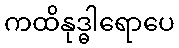
ကထိနုဒ္ဓါရောပေ